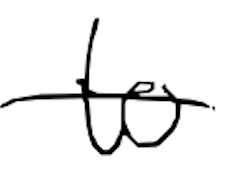
Text: to
Cross-out: single-line
Writing tool: digital_black